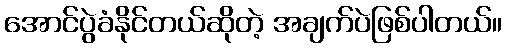
အောင်ပွဲခံနိုင်တယ်ဆိုတဲ့ အချက်ပဲဖြစ်ပါတယ်။